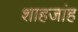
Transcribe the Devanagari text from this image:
शाहजांह